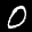
Label: 0